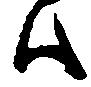
ハ